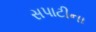
સપાટીના